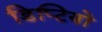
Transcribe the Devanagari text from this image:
डिप्टियों